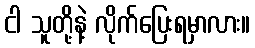
ငါ သူတို့နဲ့ လိုက်ပြေးရမှာလား။